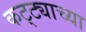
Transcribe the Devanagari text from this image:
कट्ट्याच्या